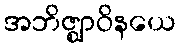
အဘိဇ္ဈာဝိနယေ